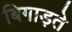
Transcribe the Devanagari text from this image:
बिगाड़ते